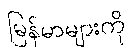
မြန်မာများကို